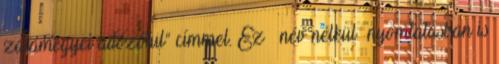
zalamegyei adózótul” címmel. Ez – név nélkül –nyomtatásban is